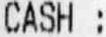
CASH :